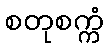
စတုစက္ကံ